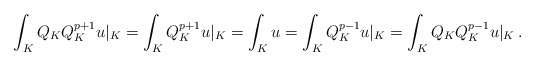
\begin{align*}\int_K Q_K Q_K^{p+1}u|_K=\int_K Q_K^{p+1}u|_K=\int_K u=\int_K Q_K^{p-1}u|_K=\int_K Q_K Q_K^{p-1}u|_K\,.\end{align*}